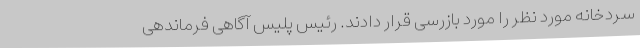
سردخانه مورد نظر را مورد بازرسی قرار دادند. رئیس پلیس آگاهی فرماندهی